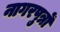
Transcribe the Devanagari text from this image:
नागरपुत्रों